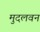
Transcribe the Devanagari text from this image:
मुदलवन